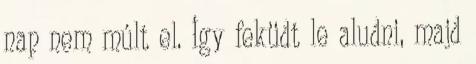
nap nem múlt el. Így feküdt le aludni, majd